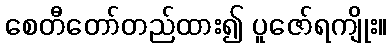
စေတီတော်တည်ထား၍ ပူဇော်ရကျိုး။